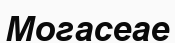
Могасеае